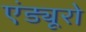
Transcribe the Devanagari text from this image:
एंड्यूरो